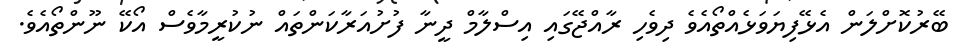
ބޭރުކޮށްލަން އެޅޭފިޔަވަޅެއްތޯއެވެ ދިވެހި ރާއްޖޭގައި އިސްލާމް ދީނާ ފުށުއަރާކަންތައް ނުކުރީމާވެސް އޯކޭ ނޫންތޯއެވެ.